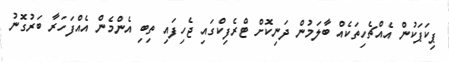
ޕިކަޕަކުން އެއްޗެހިތަކެއް ބާލަމުން ދަނިކޮށް ޓްރެފިކްގައި ޖެހިފައި ތިބި އެންމެން އެއްފަހަރާ ބަރުގޮނު